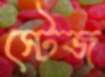
স্টেজ